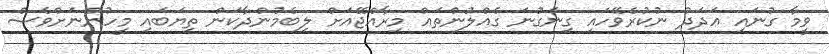
ވީމާ ގުނައި ޢަދަދު ނުކުރެވޭހައި ގިނަގުނަ ގެއްލުންތައް މިރާއްޖޭއަށް ލިބެމުންދާކަން ތިޔަބައި މީހުންނަށްވެސް